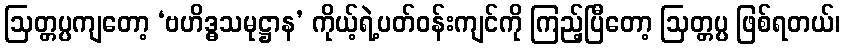
ဩတ္တပ္ပကျတော့ ‘ဗဟိဒ္ဓသမုဋ္ဌာန’ ကိုယ့်ရဲ့ပတ်ဝန်းကျင်ကို ကြည့်ပြီတော့ ဩတ္တပ္ပ ဖြစ်ရတယ်၊